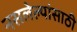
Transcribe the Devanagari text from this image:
नसलेल्यांसाठी